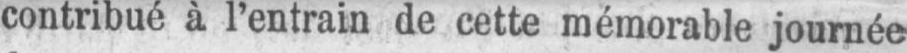
contribué à l’entrain de cette mémorable journée